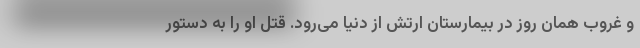
و غروب همان روز در بیمارستان ارتش از دنیا می‌رود. قتل او را به دستور